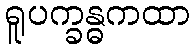
ရူပက္ခန္ဓကထာ